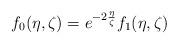
LaTeX: \begin{align*}f_{0}(\eta,\zeta)=e^{-2\frac{\eta}{\zeta}} f_{1}(\eta,\zeta)\end{align*}